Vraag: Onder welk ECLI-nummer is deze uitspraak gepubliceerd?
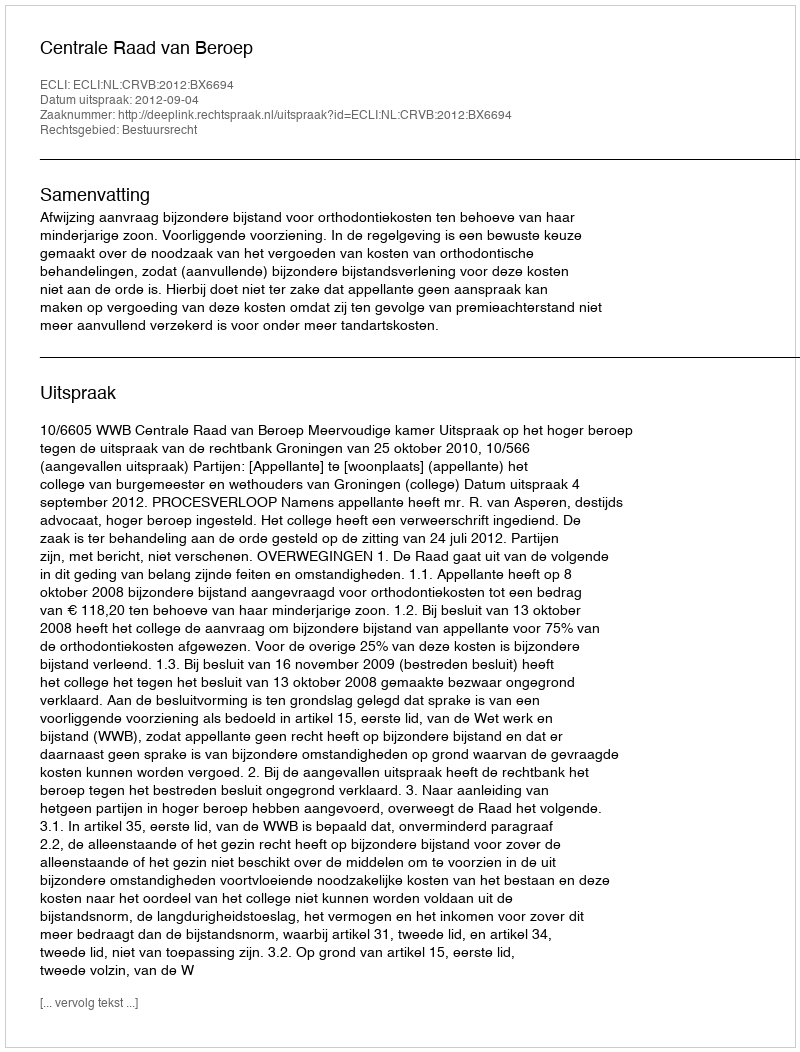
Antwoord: ECLI:NL:CRVB:2012:BX6694